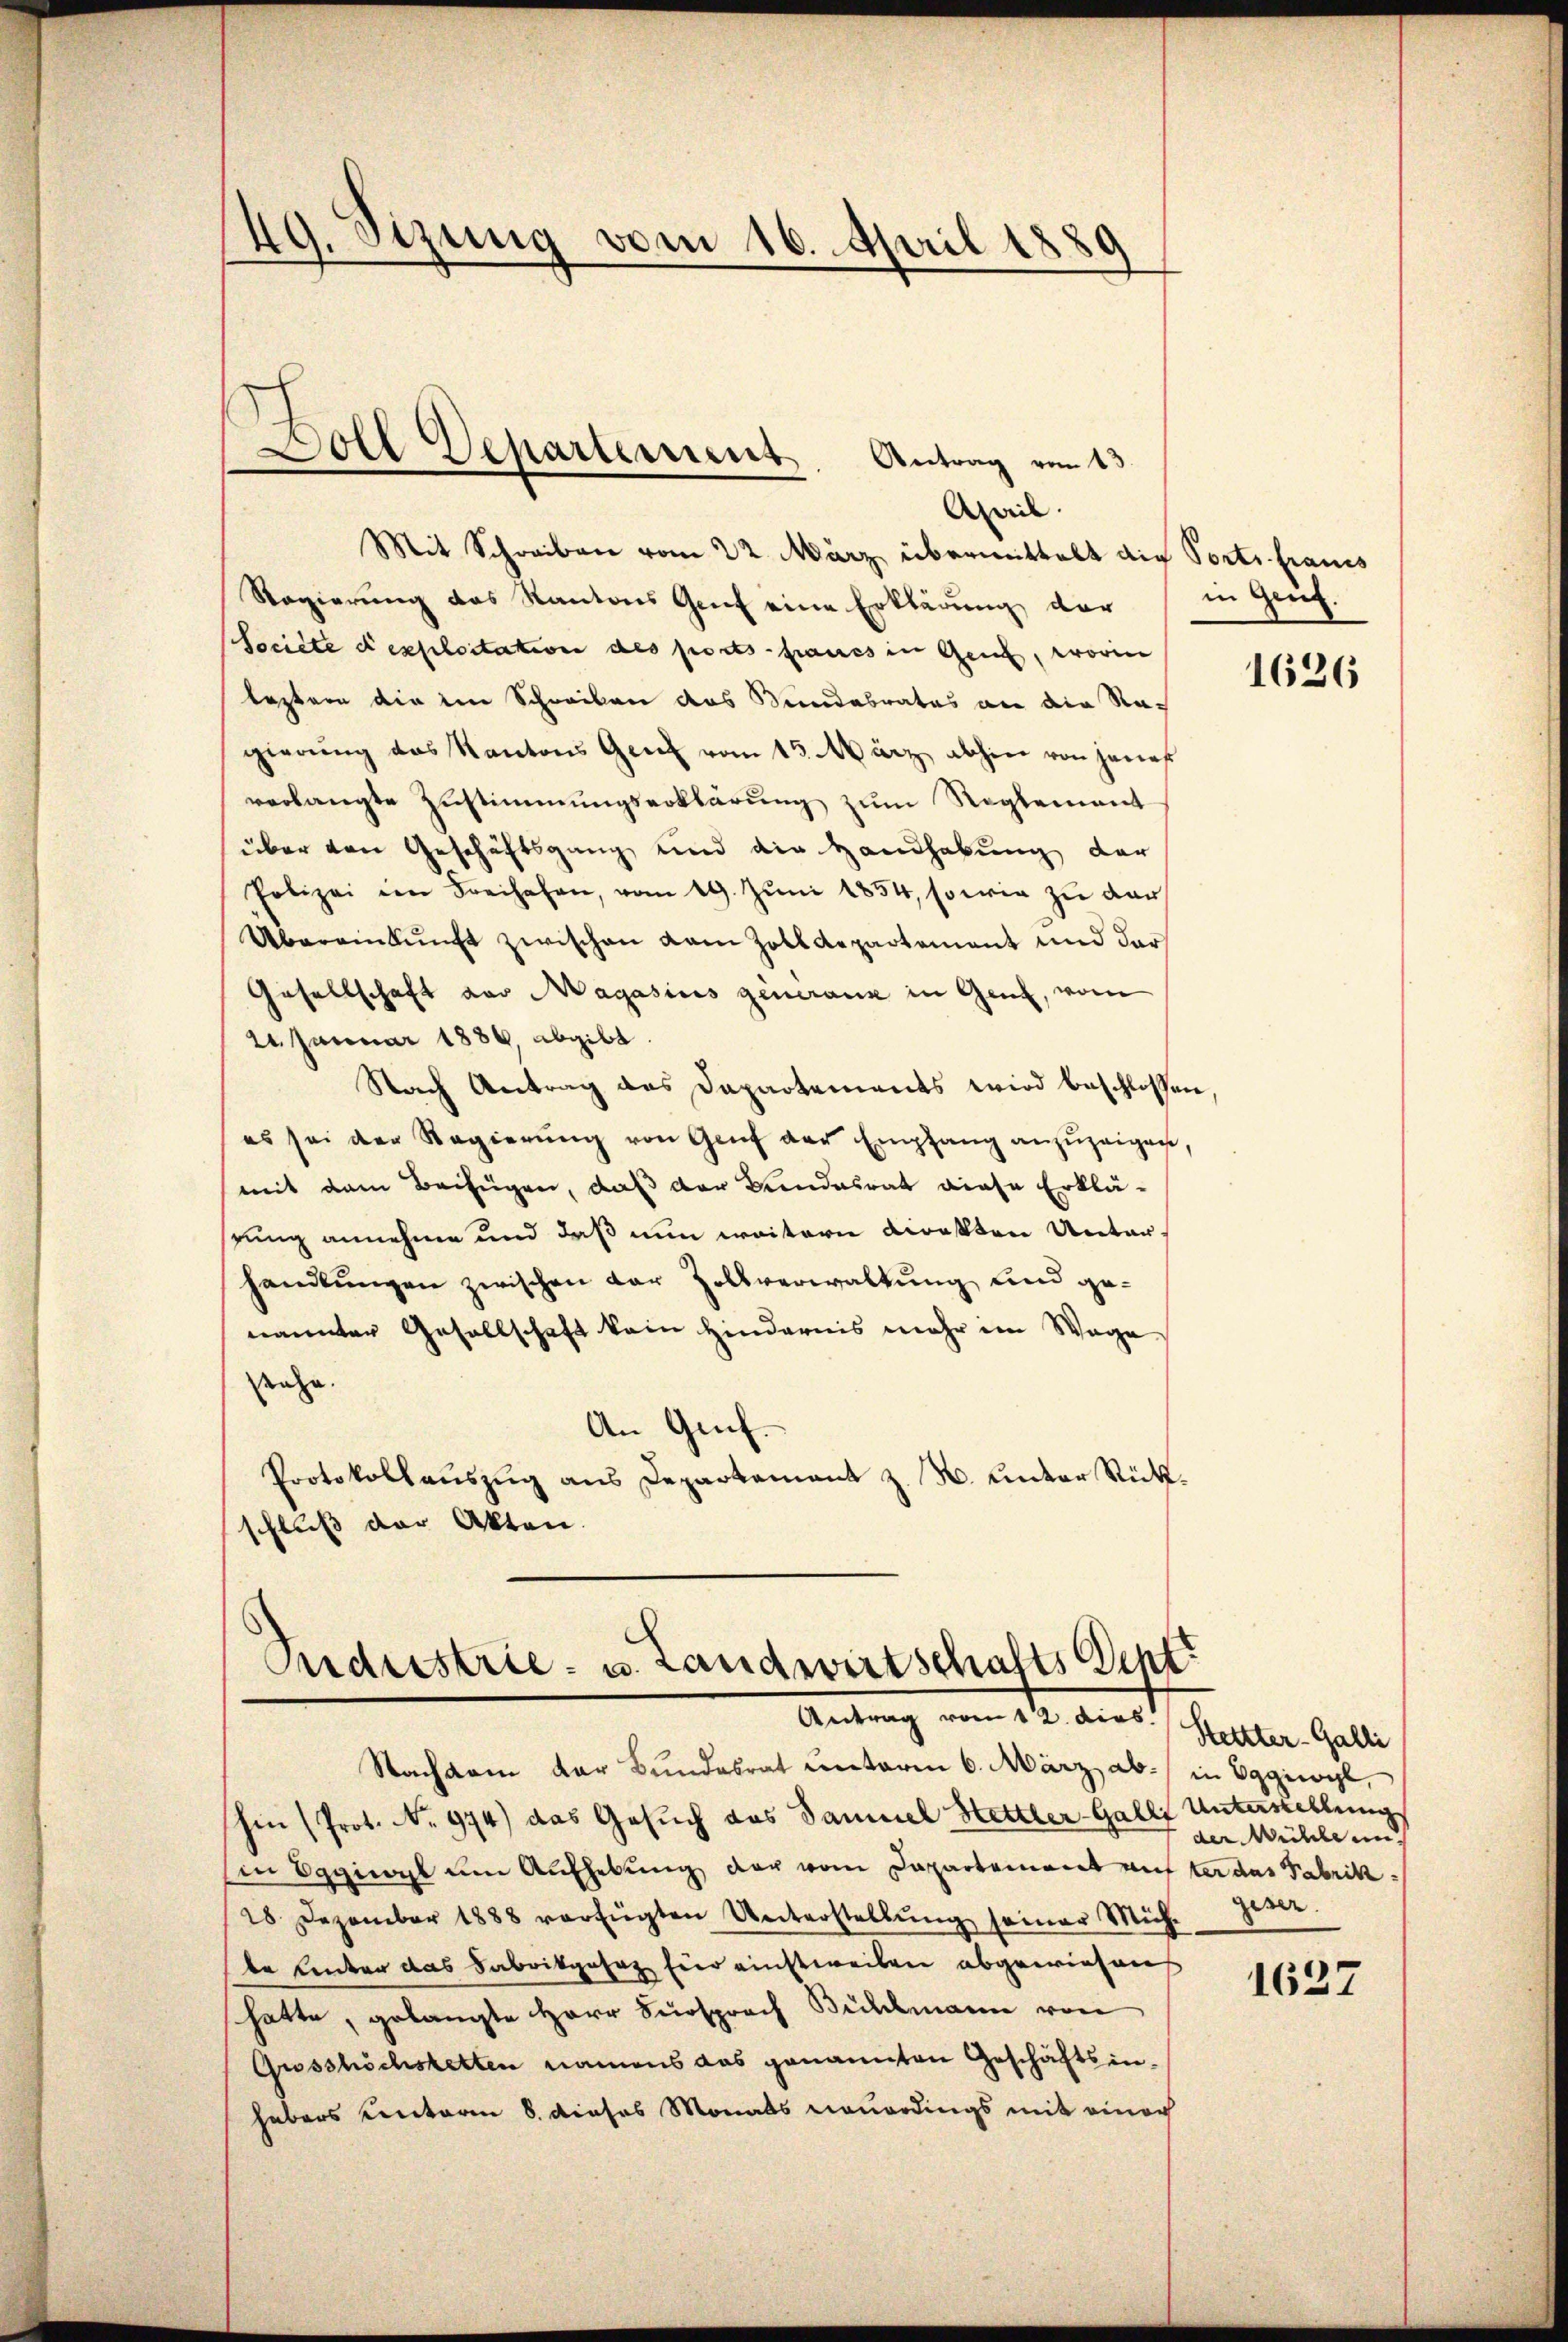
April.
Mit Schreiben vom 22. März übermittelt die Ports francs
Regierung des Kantons Genf eine Erklärung der in Gruf
Societe desploitation des ports francs in Genf, worin
leztern die im Schreiben das Kindebrates an die Ragierung des Kantons Genf vom 15. März abhin von jenes
verlangte Zustimmungserklärung zum Reglement
über den Geschäftsgang und die Handhabung der
Polizei im Freihafen, vom 19. Jŭni 1854, sowie zŭ der
Übereinkunft zwischen kam Zolldepartement und der
Gesellschaft aus Magasius generank in Genf, vom
24. Januar 1886, abgibt.
Nach Antrag des Dapartements wird beschlossen
es sei der Regierŭng von Genf der Empfang anzuzeigen,
mit dem Beifügen, daß der Bundesrat diese Erklä-
stung annehme und daß nun weitern direkten Unter
handlungen zwischen der Zollverwaltung und genannter Gesellschaft kein Hindernis mehr im Wage
stehe.
An Gruf
Protokollauszug aus Departement z. B. unter Rückschluß der Akten.

49. Setzung vom 16. April 1889

Doll Departement. Antrag von 13.

Andustrie- u. Landwirtschafts Dent
Antrag vom 16. eines hielten Gele

Nachsam der Bundesrat unterm 6. März ab. in Eggiwyl,
hin (Prot. No 974) das Gesuch das Samuel Hettler-Galli Unterstellung
Ein Spiegl um Aufhebung der vom Departement aufter das Fabrik¬
28 Dezember 1888 verfügten Unterstellŭng seiner Müh-
be Unter das Fabrikgesez fier einstweilen abgewiesens
hatte, gelangte Herr Fürsprach Bühlmann von
Gusshöchstetten namens das genannten Geschäftsinhabens centoren 8. dieses Monats neuerdings mit einer

1626

der Mühle un
geser

1627